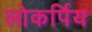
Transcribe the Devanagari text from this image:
लोकर्पिय